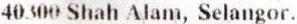
40300 SHAH ALAM, SELANGOR.